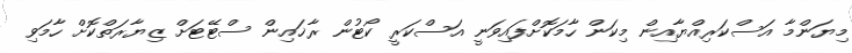
މިޔަންމާ އަސްކަރިއްޔާއިން މިކަން ހާމަކޮށްފައިވަނީ އަސްކަރީ ކޯޓުން ރާޚައިން ސްޓޭޓަށް ޒިޔާރަތްކޮށް ހާމަވި